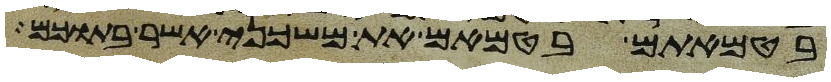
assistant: בטמאתם בטמאם את משכני אשר בתוכם